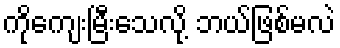
ကိုကျေးမြီးသေလို့ ဘယ်ဖြစ်မလဲ